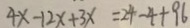
4 x - 1 2 x + 3 x = 2 4 - 4 + 9 6